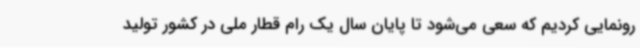
رونمایی کردیم که سعی می‌شود تا پایان سال یک رام قطار ملی در کشور تولید